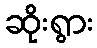
ဆိုးရွား